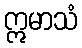
ဣမာသံ